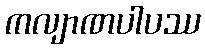
ကလျာဏပါပဿ